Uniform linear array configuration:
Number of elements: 16
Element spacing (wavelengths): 1
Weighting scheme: hamming
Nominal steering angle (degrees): -30
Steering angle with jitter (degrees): -28.097
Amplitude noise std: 0.05
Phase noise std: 0.05

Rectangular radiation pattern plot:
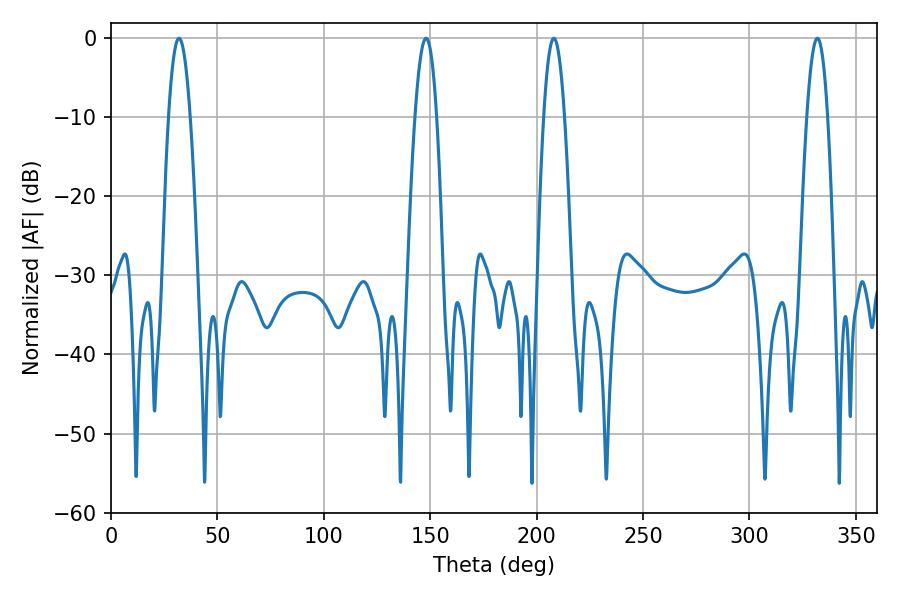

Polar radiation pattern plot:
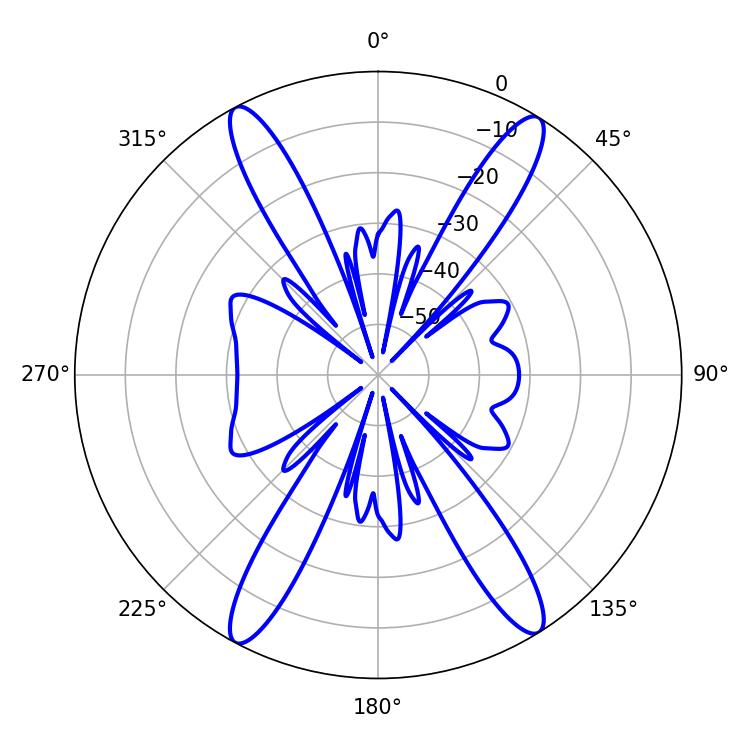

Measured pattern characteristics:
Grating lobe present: TRUE
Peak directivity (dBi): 21.051
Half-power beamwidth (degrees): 5.4
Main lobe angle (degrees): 208.08